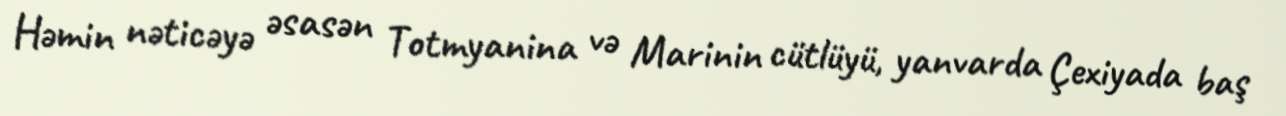
Həmin nəticəyə əsasən Totmyanina və Marinin cütlüyü, yanvarda Çexiyada baş